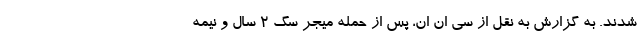
شدند. به گزارش به نقل از سی ان ان، پس از حمله میجر سگ 2 سال و نیمه